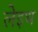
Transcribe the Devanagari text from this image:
लेइथ